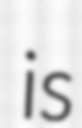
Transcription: is